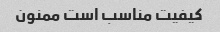
کیفیت مناسب است ممنون